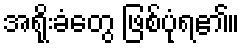
အရိုးခံတွေ ဖြစ်ပုံရ၏။